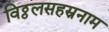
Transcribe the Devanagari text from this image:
विठ्ठलसहस्रनाम